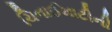
ચિનાઈમાટીની